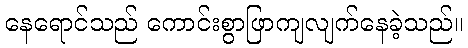
နေရောင်သည် ကောင်းစွာဖြာကျလျက်နေခဲ့သည်။